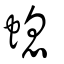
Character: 螅